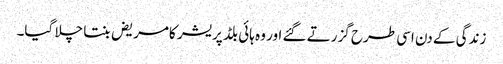
زندگی کے دن اسی طرح گزرتے گئے اور وہ ہائی بلڈ پریشر کامریض بنتا چلا گیا۔